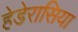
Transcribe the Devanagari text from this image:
हेडेरासिया